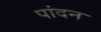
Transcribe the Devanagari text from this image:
पांदन